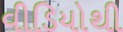
વીડિયોથી